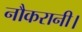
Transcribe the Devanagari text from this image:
नौकरानी।